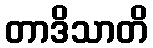
တာဒိသာတိ